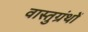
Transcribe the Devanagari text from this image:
वास्तुग्रंथों